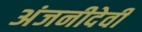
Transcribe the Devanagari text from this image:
अंजनीदेवी